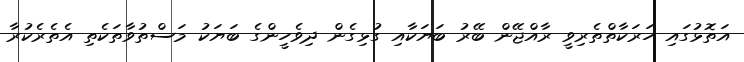
އަތޮޅުގައި ހަރަކާތްތެރިވީ ރާއްޖޭން ބޭރު ބަޔަކާއި ގުޅިގެން ދިވެހީންގެ ބަޔަކު މަސްތުވާތަކެތި އެތެރެކުރާ